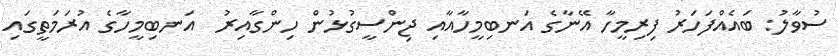
ސުވާލު: ބައެއްފަހަރު ފިރިމީހާ އޭނާގެ އަނބިމީހާއާއި ޖިންސީގުޅުން ހިންގާއިރު  އަނބިމީހާގެ އުރަމަތީގައި